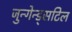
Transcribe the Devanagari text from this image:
जुन्गेन्ड्सटिल